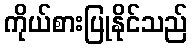
ကိုယ်စားပြုနိုင်သည်